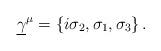
LaTeX: \begin{align*}\underline{\gamma}^\mu=\{ i\sigma_2,\sigma_1,\sigma_3\}\,.\end{align*}